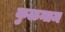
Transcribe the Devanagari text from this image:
कुळनाम